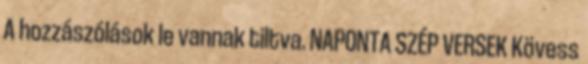
A hozzászólások le vannak tiltva. NAPONTA SZÉP VERSEK Kövess